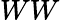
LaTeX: WW